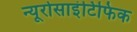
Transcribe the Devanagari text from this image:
न्यूरोसाइंटिफिक